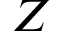
Z